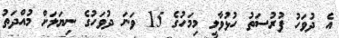
އެ ދުވަހު ފުރުސަތު ހުޅުވާލީ މިމަހުގެ 15 ވަނަ ދުވަހުގެ ނިޔަލަށް މުއްދަތު